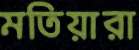
মতিয়ারা